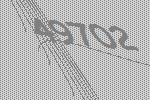
49702